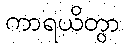
ကာရယိတွာ